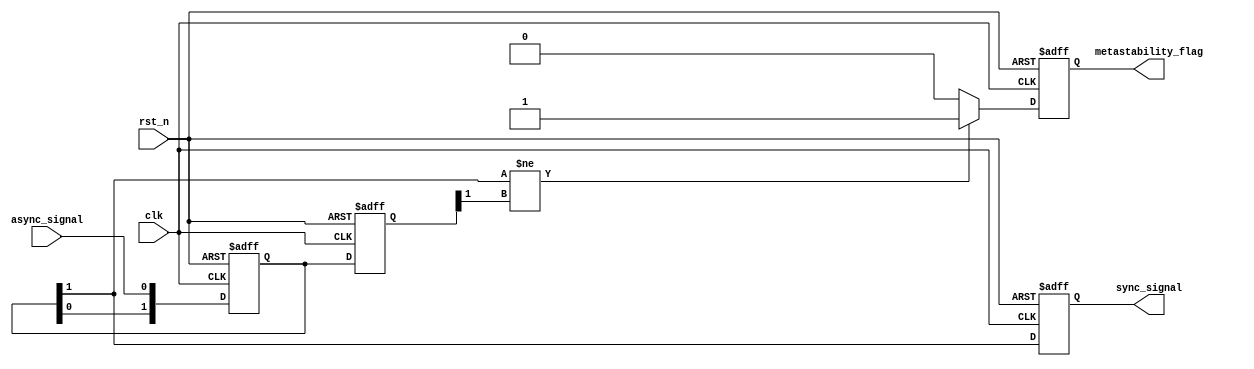
module metastability_detector (
    input wire async_signal,     // Asynchronous input signal
    input wire clk,              // Clock signal (synchronous with downstream logic)
    input wire rst_n,            // Asynchronous reset (active low)
    output reg sync_signal,      // Synchronized and stabilized output signal
    output reg metastability_flag // Indicator for metastability detection
);

// Parameter to set the number of latches
parameter NUM_LATCHES = 2;

// Declare the latches
reg [NUM_LATCHES-1:0] latches; 
reg [NUM_LATCHES-1:0] stable_latches; 
reg [NUM_LATCHES-1:0] latch_stable;
reg [NUM_LATCHES-1:0] latch_valid; 
integer i;

// Synchronous reset and latch capturing logic
always @(posedge clk or negedge rst_n) begin
    if (!rst_n) begin
        latches <= 0;
        stable_latches <= 0;
        sync_signal <= 0;
        metastability_flag <= 0;
    end else begin
        // Sample the input signal into the first latch
        latches[0] <= async_signal;

        // Sample the output of the previous latch
        for (i = 1; i < NUM_LATCHES; i = i + 1) begin
            latches[i] <= latches[i-1];
        end
        
        // Check output stability
        sync_signal <= latches[NUM_LATCHES-1];

        if (latches[NUM_LATCHES-1] != stable_latches[NUM_LATCHES-1]) begin
            metastability_flag <= 1;
        end else begin
            metastability_flag <= 0;
        end

        // Update stable latches
        stable_latches <= latches;
    end
end

endmodule